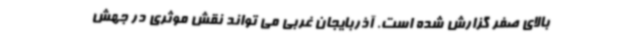
بالای صفر گزارش شده است. آذربایجان غربی می تواند نقش موثری در جهش